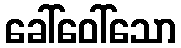
ခေါ်ဝေါ်သော